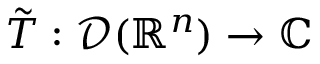
{ \tilde { T } } : { \mathcal { D } } ( \mathbb { R } ^ { n } ) \to \mathbb { C }